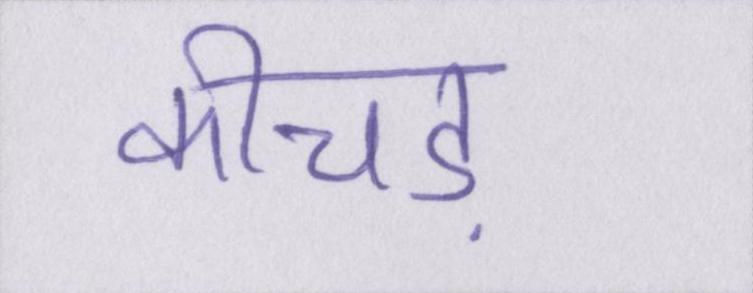
कीचड़